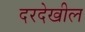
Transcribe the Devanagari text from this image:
दरदेखील